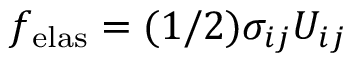
f _ { \mathrm { e l a s } } = ( 1 / 2 ) \sigma _ { i j } U _ { i j }